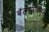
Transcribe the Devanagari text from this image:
बॅटर्‍यांपासून